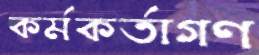
কর্মকর্তাগণ